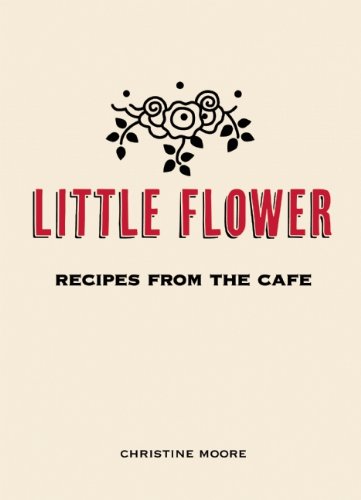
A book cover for Little Flower: Recipes from the Cafe; Christine Moore; Cookbooks, Food & Wine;